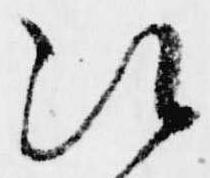
次